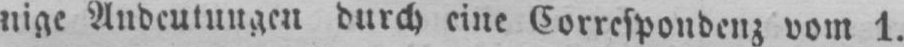
nige Andeutungen durch eine Correspondenz vom 1.